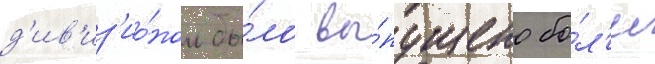
д'ив'из'ио́ном бы́ло вы́пущено бо́л'ее